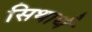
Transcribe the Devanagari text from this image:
सिथार्थ